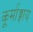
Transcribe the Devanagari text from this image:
कूर्माङ्गाय